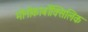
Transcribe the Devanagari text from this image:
मोनोकार्बोक्सिलिक